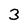
Character: 3